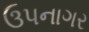
ઉપનાગર